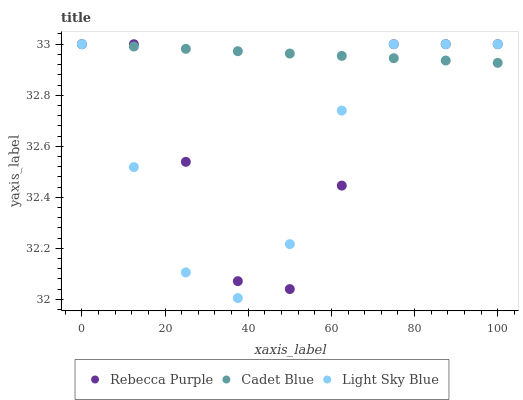
| xaxis_label | Rebecca Purple | Cadet Blue | Light Sky Blue |
 | --- | --- | --- | --- |
 | 0 | 33 | 33 | 33 |
 | 12.5 | 33 | 33 | 32.5 |
 | 25 | 32.5 | 33 | 32.1 |
 | 37.5 | 32.1 | 33 | 32 |
 | 50 | 32 | 33 | 32.2 |
 | 62.5 | 32.4 | 33 | 32.7 |
 | 75 | 33 | 32.9 | 33 |
 | 87.5 | 33 | 32.9 | 33 |
 | 100 | 33 | 32.9 | 33 |